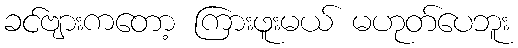
ခင်ဗျားကတော့ ကြားဖူးမယ် မဟုတ်ပေဘူး